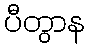
ပီတွာန